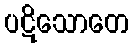
ပဋိသောတေ